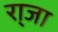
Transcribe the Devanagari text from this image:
रा्जा